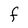
Character: F